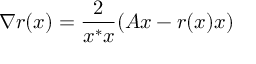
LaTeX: \nabla r ( x ) = { \frac { 2 } { x ^ { * } x } } ( A x - r ( x ) x )